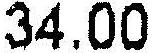
34.00